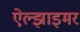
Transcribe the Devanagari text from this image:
ऐल्झाइमर